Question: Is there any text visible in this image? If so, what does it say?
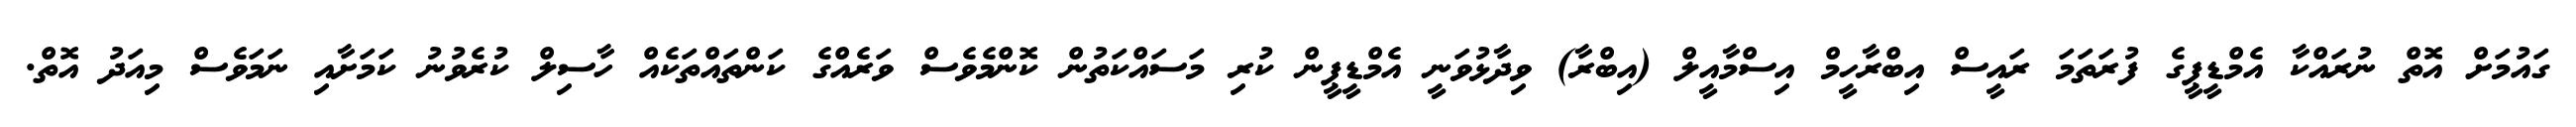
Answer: ގައުމަށް އޮތް ނުރައްކާ އެމްޑީޕީގެ ފުރަތަމަ ރައީސް އިބްރާހީމް އިސްމާއީލް (އިބްރާ) ވިދާޅުވަނީ އެމްޑީޕީން ކުރި މަސައްކަތުން ކޮންމެވެސް ވަރެއްގެ ކަންތައްތަކެއް ހާސިލް ކުރެވުނު ކަމަށާއި ނަމަވެސް މިއަދު އޮތް.